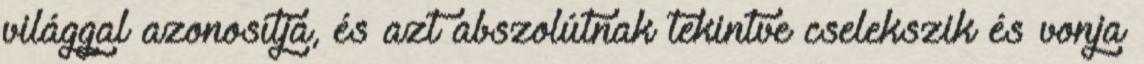
világgal azonosítja, és azt abszolútnak tekintve cselekszik és vonja